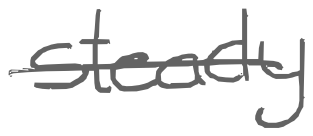
Text: steady
Cross-out: single-line
Writing tool: digital_gray